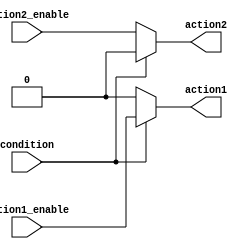
module if_else_block (
    input wire condition,
    input wire action1_enable,
    input wire action2_enable,
    output reg action1,
    output reg action2
);

always @(*) begin
    if (condition) begin
        action1 = action1_enable;
        action2 = 0;
    end
    else begin
        action1 = 0;
        action2 = action2_enable;
    end
end

endmodule